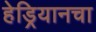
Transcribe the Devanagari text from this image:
हेड्रियानचा